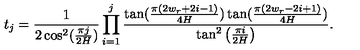
t _ { j } = \frac { 1 } { 2 \cos ^ { 2 } ( \frac { \pi j } { 2 H } ) } \prod _ { i = 1 } ^ { j } \frac { \tan ( \frac { \pi ( 2 w _ { r } + 2 i - 1 ) } { 4 H } ) \tan ( \frac { \pi ( 2 w _ { r } - 2 i + 1 ) } { 4 H } ) } { \tan ^ { 2 } \left( \frac { \pi i } { 2 H } \right) } .